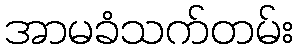
အာမခံသက်တမ်း